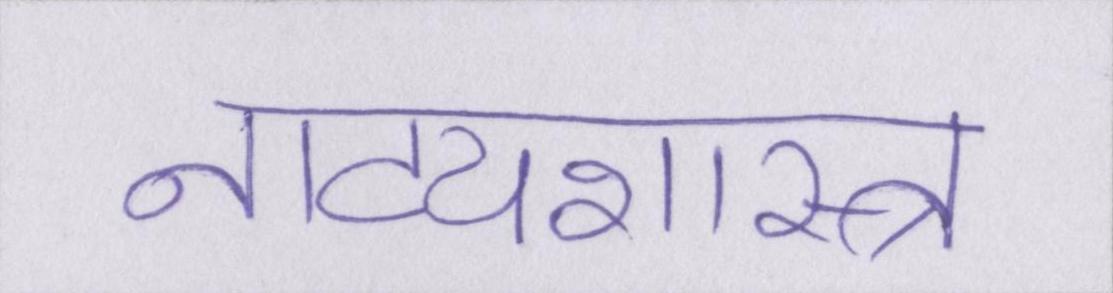
नाट्यशास्त्र